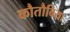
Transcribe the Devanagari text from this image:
कौतौबिया